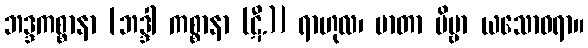
ဘဒ္ဒကစ္စာနာ [ဘဒ္ဒါ ကစ္စာနာ (ဋီ.)] ရာဟုလ၊ မာတာ ဗိမ္ဗာ ယသောဓရာ။